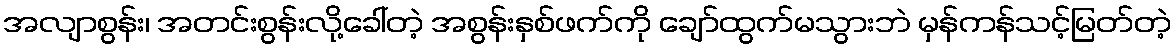
အလျာစွန်း၊ အတင်းစွန်းလို့ခေါ်တဲ့ အစွန်းနှစ်ဖက်ကို ချော်ထွက်မသွားဘဲ မှန်ကန်သင့်မြတ်တဲ့